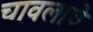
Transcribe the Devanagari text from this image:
चावलाचे